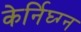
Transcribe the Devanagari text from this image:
केर्निघ्ग्न